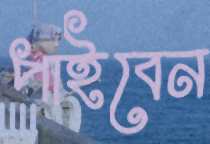
পাইবেন